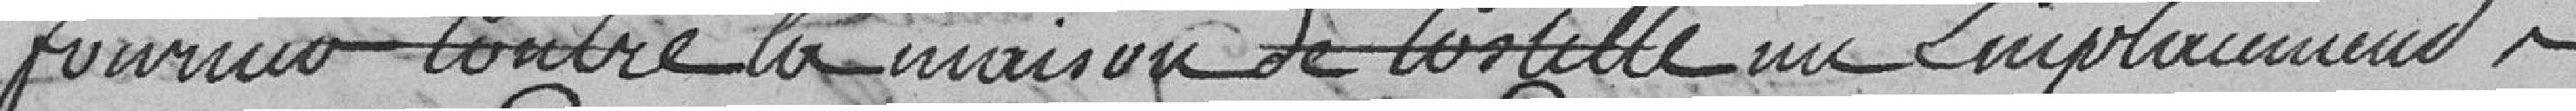
fournir contre la maison de COSCILLE? un emplacement